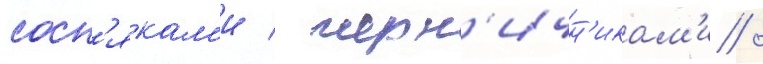
сосн'якам'и / черн'ичн'икам'и /